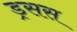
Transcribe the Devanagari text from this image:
ड्रसस